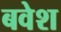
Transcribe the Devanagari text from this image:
बवेश